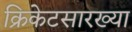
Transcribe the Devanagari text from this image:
क्रिकेटसारख्या